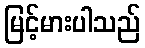
မြင့်မားပါသည်